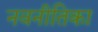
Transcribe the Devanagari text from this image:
नवनीतिका